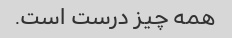
همه چیز درست است.